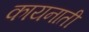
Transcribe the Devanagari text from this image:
कायनाती